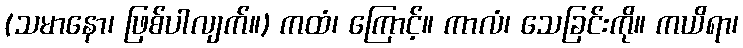
(သမာနော၊ ဖြစ်ပါလျက်။) ကထံ၊ ကြောင့်။ ကာလံ၊ သေခြင်းကို။ ကယိရာ၊